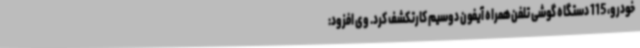
خودرو، 115 دستگاه گوشی تلفن‌همراه آیفون دوسیم‌ کارتکشف کرد. وی افزود: